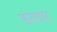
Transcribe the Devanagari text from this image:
नारवार